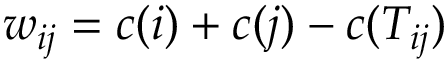
w _ { i j } = c ( i ) + c ( j ) - c ( T _ { i j } )